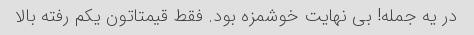
در یه جمله! بی نهایت خوشمزه بود. فقط قیمتاتون یکم رفته بالا